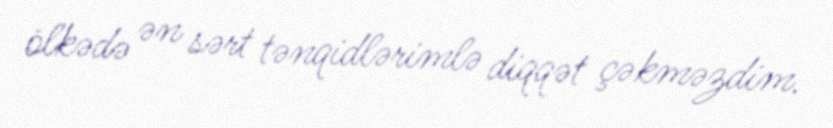
ölkədə ən sərt tənqidlərimlə diqqət çəkməzdim.